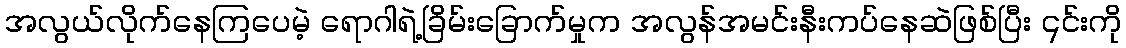
အလွယ်လိုက်နေကြပေမဲ့ ရောဂါရဲ့ခြိမ်းခြောက်မှုက အလွန်အမင်းနီးကပ်နေဆဲဖြစ်ပြီး ၎င်းကို